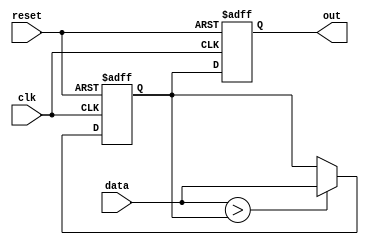
module negative_edge_sensitive(
    input wire clk,        // Clock signal
    input wire reset,      // Reset signal
    input wire [3:0] data, // Input data
    output reg [3:0] out   // Output data
);

    // State variable
    reg [3:0] state;

    // Initialization of state
    initial begin
        state = 4'b0000; // Initial state
        out = 4'b0000;   // Initial output
    end

    // Negative edge sensitive block
    always @(negedge clk or posedge reset) begin
        if (reset) begin
            // Reset state and output on reset signal
            state <= 4'b0000;
            out <= 4'b0000;
        end else begin
            // Conditional logic to update state and output based on input data
            if (data > state) begin
                state <= data; // Update state if input data is greater
            end
            out <= state; // Output is the current state
        end
    end

endmodule